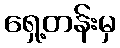
ရှေ့တန်းမှ